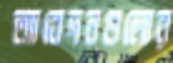
আবেদনগুলোর